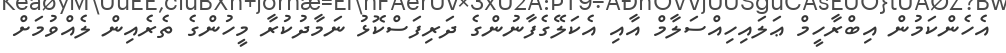
އެހެންކަމުން އިބްރާހީމް ޢަލައިހިއްސަލާމް އާއި އެކަލޭގެފާނުންގެ ދަރިފަސްކޮޅު ނަމާދުކުރާ މީހުންގެ ތެރެއިން ލެއްވުމަށް